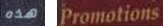
هذه Promotions